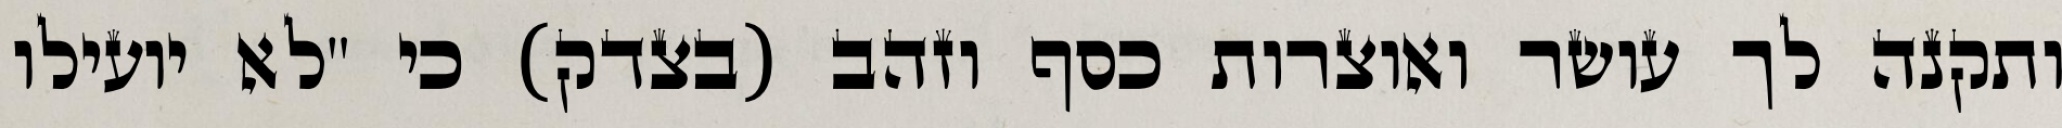
ותקנה לך עושר ואוצרות כסף וזהב (בצדק) כי "לא יועילו